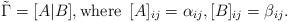
LaTeX: \begin{align*} \tilde \Gamma = [ A | B] , \mbox{where \,} [A]_{ij}= \alpha_{ij}, [B]_{ij}= \beta_{ij}. \end{align*}